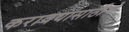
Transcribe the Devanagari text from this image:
करावयासाठीचे